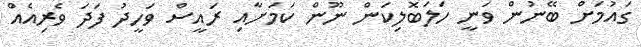
ގައުމަށް ބޭނުން ވަނީ ހަލަބޮލިކަން ނޫން ކަމަށާއި ރައީސް ވަހީދު ފަދަ ވެރިއެއް